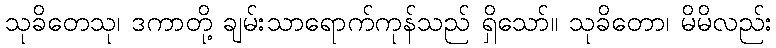
သုခိတေသု၊ ဒကာတို့ ချမ်းသာရောက်ကုန်သည် ရှိသော်။ သုခိတော၊ မိမိလည်း